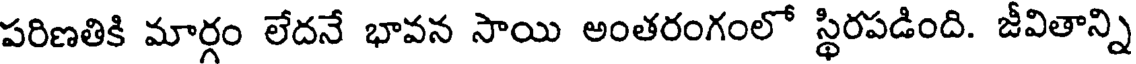
పరిణతికి మార్గం లేదనే భావన సాయి అంతరంగంలో స్థిరపడింది. జీవితాన్ని